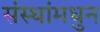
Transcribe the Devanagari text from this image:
संस्थांमधुन